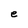
Character: e